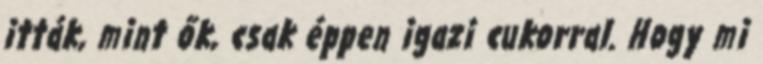
itták, mint ők, csak éppen igazi cukorral. Hogy mi